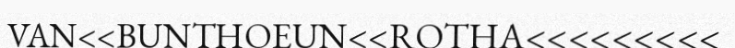
VAN<<BUNTHOEUN<<ROTHA<<<<<<<<<